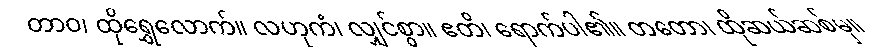
တာဝ၊ ထိုရွှေလောက်။ လဟုကံ၊ လျှင်စွာ။ ဧတိ၊ ရောက်ပါ၏။ တတော၊ ထိုဆယ်ဆစ်မှ။